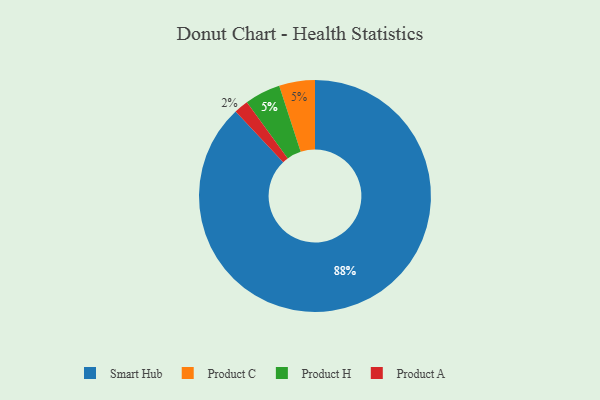
{"axis": {"x": "Category", "y": "Percentage"}, "legend": ["Product A", "Product C", "Product H", "Smart Hub"], "data": [{"x": "Product C", "y": 5, "type": "Product C"}, {"x": "Product H", "y": 5, "type": "Product H"}, {"x": "Smart Hub", "y": 88, "type": "Smart Hub"}, {"x": "Product A", "y": 2, "type": "Product A"}]}